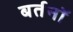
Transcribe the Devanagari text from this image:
बर्तनॉ